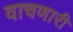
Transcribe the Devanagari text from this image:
वाचणारी